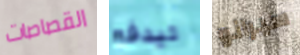
القصاصات ليدفع سيرانو